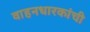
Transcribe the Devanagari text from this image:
वाहनधारकांची